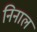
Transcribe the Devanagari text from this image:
निनाल